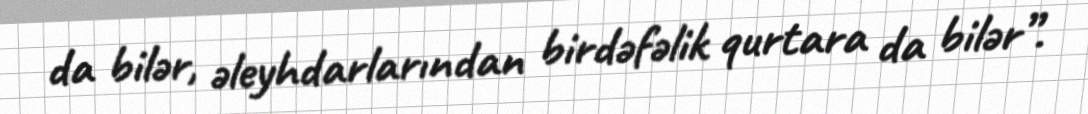
da bilər, əleyhdarlarından birdəfəlik qurtara da bilər”.